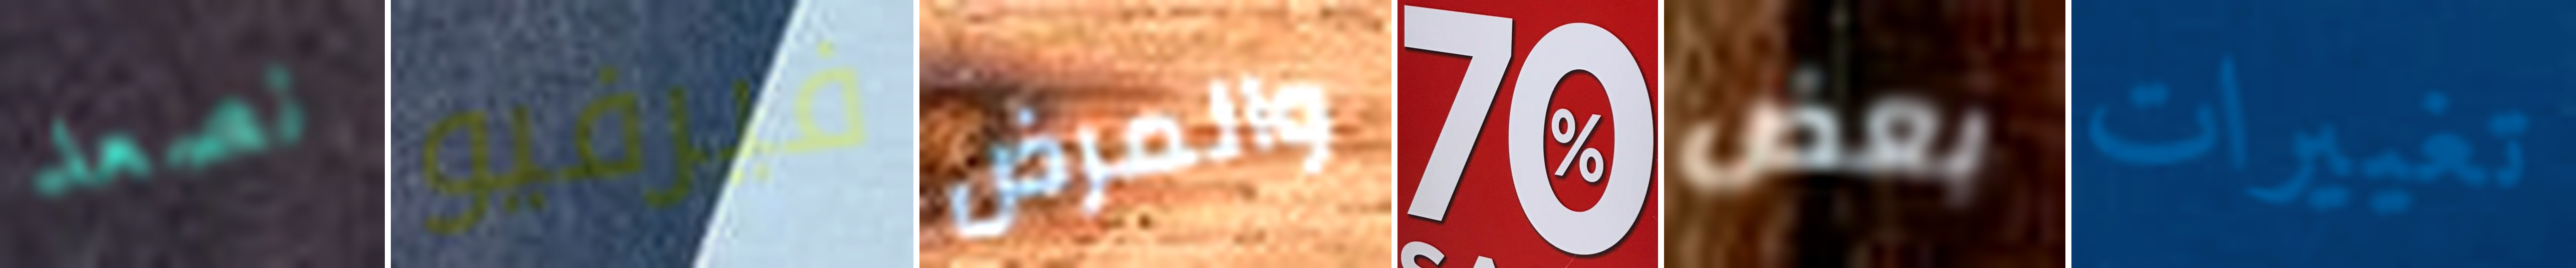
نصعد فيرفيو والمرض 70 بعض تغييرات